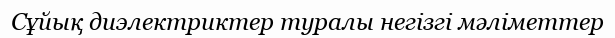
Сұйық диэлектриктер туралы негізгі мәліметтер